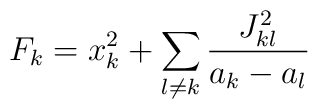
F_k = x_k^2 + \sum_{l \neq k} {J_{kl}^2 \over a_k - a_l}